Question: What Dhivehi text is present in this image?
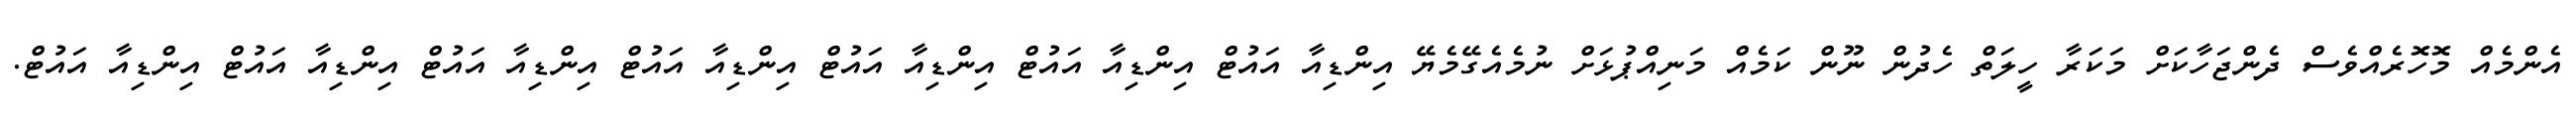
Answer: އެންމެއް މޮހޮރެއްވެސް ދެންޖަހާކަށް މަކަރާ ހީލަތް ހެދުން ނޫން ކަމެއް މަނިއްޕުޅަށް ނުމެއެގޭމެޔޭ އިންޑިއާ އައުޓް އިންޑިއާ އައުޓް އިންޑިއާ އައުޓް އިންޑިއާ އައުޓް އިންޑިއާ އައުޓް އިންޑިއާ އައުޓް އިންޑިއާ އައުޓް.